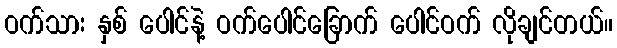
ဝက်သား နှစ် ပေါင်နဲ့ ဝက်ပေါင်ခြောက် ပေါင်ဝက် လိုချင်တယ်။